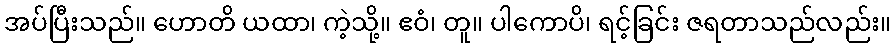
အပ်ပြီးသည်။ ဟောတိ ယထာ၊ ကဲ့သို့။ ဧဝံ၊ တူ။ ပါကောပိ၊ ရင့်ခြင်း ဇရတာသည်လည်း။